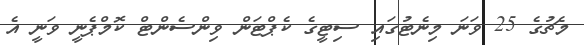
މެޗުގެ 25 ވަނަ މިނެޓުގައި ސިޓީގެ ކެޕްޓަން ވިންސެންޓް ކޮމްޕެނީ ވަނީ އެ